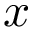
x